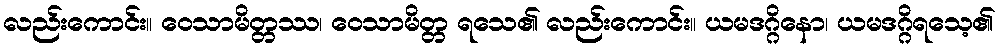
လည်းကောင်း။ ဝေသာမိတ္တဿ၊ ဝေသာမိတ္တ ရသေ၏ လည်းကောင်း။ ယမဒဂ္ဂိနော၊ ယမဒဂ္ဂိရသေ့၏